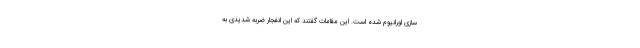
سازی اورانیوم شده است. این مقامات گفتند که این انفجار ضربه شدیدی به